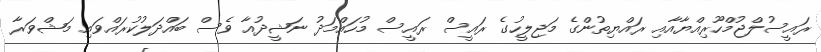
ރައީސުލްޖުމްހޫރިއްޔާއާއި ރައްޔިތުންގެ މަޖިލީހުގެ ރައީސް ރައީސް މުހައްމަދު ނަޝީދުއާ ވެސް ބައްދަލުކުރައްވައި މަޝްވަރާ